Indian journal of veterinary science and animal husbandry - Volume 8,
Year: 1938
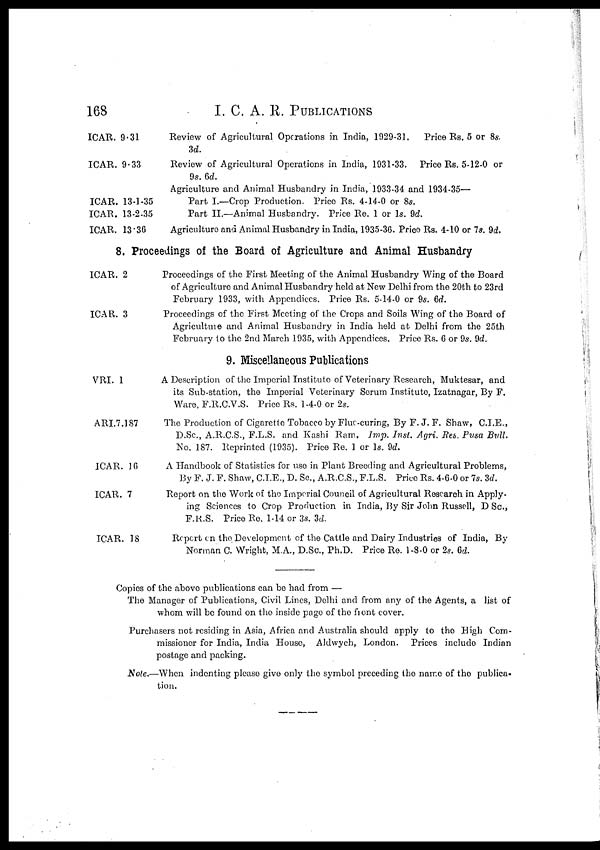
168
I. C. A. R. PUBLICATIONS
ICAR. 9.31
ICAR. 9.33
ICAR. 13-1-35
ICAR. 13-2-35
ICAR. 13.36
Review of Agricultural Operations in India, 1929-31. Price Rs. 5 or 8s.
3d.
Review of Agricultural Operations in India, 1931-33. Price Rs. 5-12-0 or
9s. 6d.
Agriculture and Animal Husbandry in India, 1933-34 and 1934-35—
Part I.—Crop Production. Price Rs. 4-14-0 or 8s.
Part II.—Animal Husbandry. Price Re. 1 or 1s. 9d.
Agriculture and Animal Husbandry in India, 1935-36. Price Rs. 4-10 or 7s. 9d.
8. Proceedings of the Board of Agriculture and Animal Husbandry
ICAR. 2
ICAR. 3
Proceedings of the First Meeting of the Animal Husbandry Wing of the Board
of Agriculture and Animal Husbandry held at New Delhi from the 20th to 23rd
February 1933, with Appendices. Price Rs. 5-14-0 or 9s. 6d.
Proceedings of the First Meeting of the Crops and Soils Wing of the Board of
Agriculture and Animal Husbandry in India held at Delhi from the 25th
February to the 2nd March 1935, with Appendices. Price Rs. 6 or 9s. 9d.
9. Miscellaneous Publications
VRI. 1
ARI.7.187
ICAR. 16
ICAR. 7
ICAR. 18
A Description of the Imperial Institute of Veterinary Research, Muktesar, and
its Sub-station, the Imperial Veterinary Serum Institute, Izatnagar, By F.
Ware, F.R.C.V.S. Price Rs. 1-4-0 or 2s.
The Production of Cigarette Tobacco by Flue-curing, By F. J. F. Shaw, C.I.E.,
D.Sc., A.R.C.S., F.L.S. and Kashi Ram. Imp. Inst. Agri. Res. Pusa Bull.
No. 187. Reprinted (1935). Price Re. 1 or 1s. 9d.
A Handbook of Statistics for use in Plant Breeding and Agricultural Problems,
By F. J. F. Shaw, C.I.E., D. Sc., A.R.C.S., F.L.S. Price Rs. 4-6-0 or 7s. 3d.
Report on the Work of the Imperial Council of Agricultural Research in Apply-
ing Sciences to Crop Production in India, By Sir John Russell, D Sc.,
F.R.S. Price Re. 1-14 or 3s. 3d.
Report on the Development of the Cattle and Dairy Industries of India, By
Norman C. Wright, M.A., D.Sc., Ph.D. Price Re. 1-8-0 or 2s. 6d.
Copies of the above publications can be had from —
The Manager of Publications, Civil Lines, Delhi and from any of the Agents, a list of
whom will be found on the inside page of the front cover.
Purchasers not residing in Asia, Africa and Australia should apply to the High Com-
missioner for India, India House, Aldwych, London. Prices include Indian
postage and packing.
Note.—When indenting please give only the symbol preceding the name of the publica-
tion.